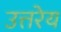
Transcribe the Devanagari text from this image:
उत्तरेय